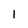
Character: 1